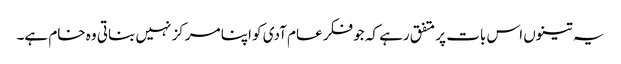
یہ تینوں اس بات پر متفق رہے کہ جو فکر عام آدی کو اپنا مرکز نہیں بناتی وہ خام ہے۔